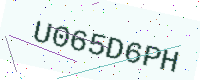
Text: U065D6PH